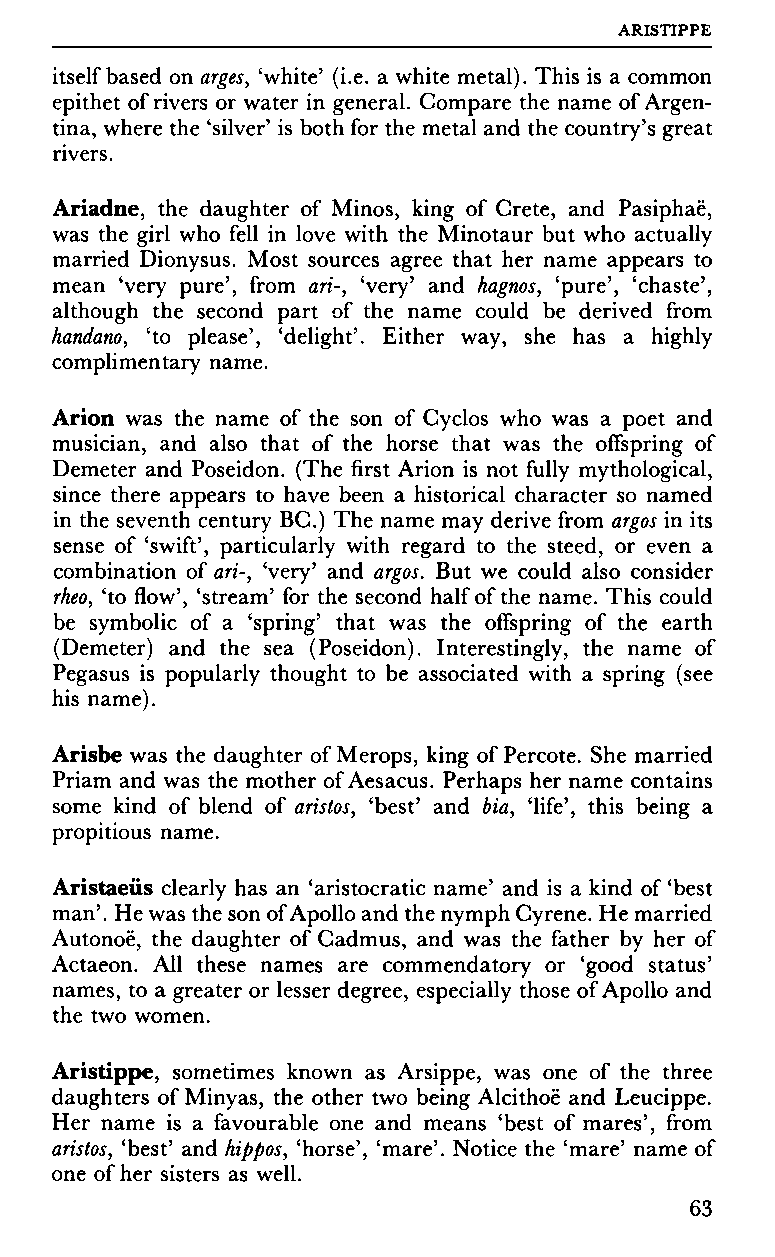
ARISTIPPE
 itself based on arges, 'white' (i.e. a white metal). This is a common
 epithet of rivers or water in general. Compare the name of Argen
 tina, where the 'silver' is both for the metal and the country's great
 rivers.
 Ariadne, the daughter of Minos, king of Crete, and Pasiphaë,
 was the girl who fell in love with the Minotaur but who actually
 married Dionysus. Most sources agree that her name appears to
 mean 'very pure', from art-, 'very' and hagnos, 'pure', 'chaste',
 although the second part of the name could be derived from
 handano, 'to please', 'delight'. Either way, she has a highly
 complimentary name.
 Arion was the name of the son of Cyclos who was a poet and
 musician, and also that of the horse that was the offspring of
 Demeter and Poseidon. (The first Arion is not fully mythological,
 since there appears to have been a historical character so named
 in the seventh century BC.) The name may derive from argos in its
 sense of 'swift', particularly with regard to the steed, or even a
 combination of art-, 'very' and argos. But we could also consider
 rheo, 'to flow', 'stream' for the second half of the name. This could
 be symbolic of a 'spring' that was the offspring of the earth
 (Demeter) and the sea (Poseidon). Interestingly, the name of
 Pegasus is popularly thought to be associated with a spring (see
 his name).
 Arisbe was the daughter of Merops, king of Percote. She married
 Priam and was the mother of Aesacus. Perhaps her name contains
 some kind of blend of aristos, 'best' and bia, 'life', this being a
 propitious name.
 Aristaeüs clearly has an 'aristocratic name' and is a kind of 'best
 man'. He was the son of Apollo and the nymph Cyrene. He married
 Autonoë, the daughter of Cadmus, and was the father by her of
 Actaeon. All these names are commendatory or 'good status'
 names, to a greater or lesser degree, especially those of Apollo and
 the two women.
 Aristippe, sometimes known as Arsippe, was one of the three
 daughters of Minyas, the other two being Alcithoë and Leucippe.
 Her name is a favourable one and means 'best of mares', from
 aristos, 'best' and hippos, 'horse', 'mare'. Notice the 'mare' name of
 one of her sisters as well.
 63